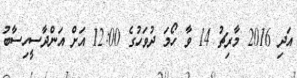
އަދި 2016 މާރިޗު 14 ވާ ހޯމަ ދުވަހުގެ 12:00 އަށް އަންދާސީހިސާބު